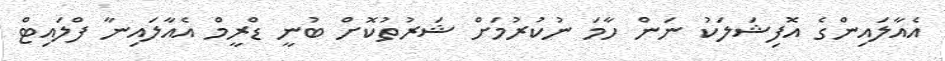
އެއާލައިންގެ އޮފިޝަލަކު ނަން ހާމަ ނުކުރުމަށް ޝަރުތުކޮށް ބުނީ ޑްރީމް އެއާލައިނާ ފްލައިޓް